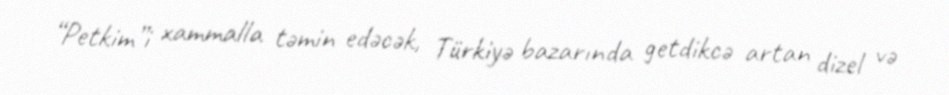
“Petkim”i xammalla təmin edəcək, Türkiyə bazarında getdikcə artan dizel və